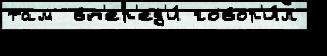
там  вп'ер'ед'и́ говор'и́л